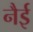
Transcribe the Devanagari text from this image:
नैई